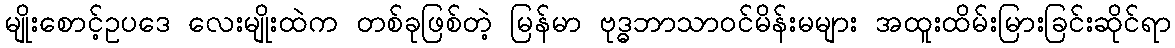
မျိုးစောင့်ဥပဒေ လေးမျိုးထဲက တစ်ခုဖြစ်တဲ့ မြန်မာ ဗုဒ္ဓဘာသာဝင်မိန်းမများ အထူးထိမ်းမြားခြင်းဆိုင်ရာ